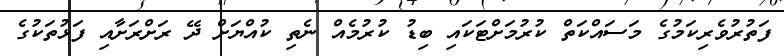
ފަތުރުވެރިކަމުގެ މަސައްކަތް ކުރުމަށްޓަކައި ބިޑު ކުރުމެއް ނެތި ކުއްޔަށް ދޭ ރަށްރަށާއި ފަޅުތަކުގެ